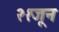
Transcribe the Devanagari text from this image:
२१जून